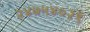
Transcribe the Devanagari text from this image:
२४७५४०२९